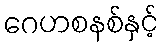
ဂေဟစနစ်နှင့်